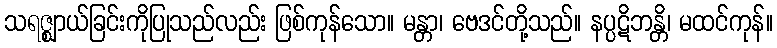
သရဇ္ဈာယ်ခြင်းကိုပြုသည်လည်း ဖြစ်ကုန်သော။ မန္တာ၊ ဗေဒင်တို့သည်။ နပ္ပဋိဘန္တိ၊ မထင်ကုန်။